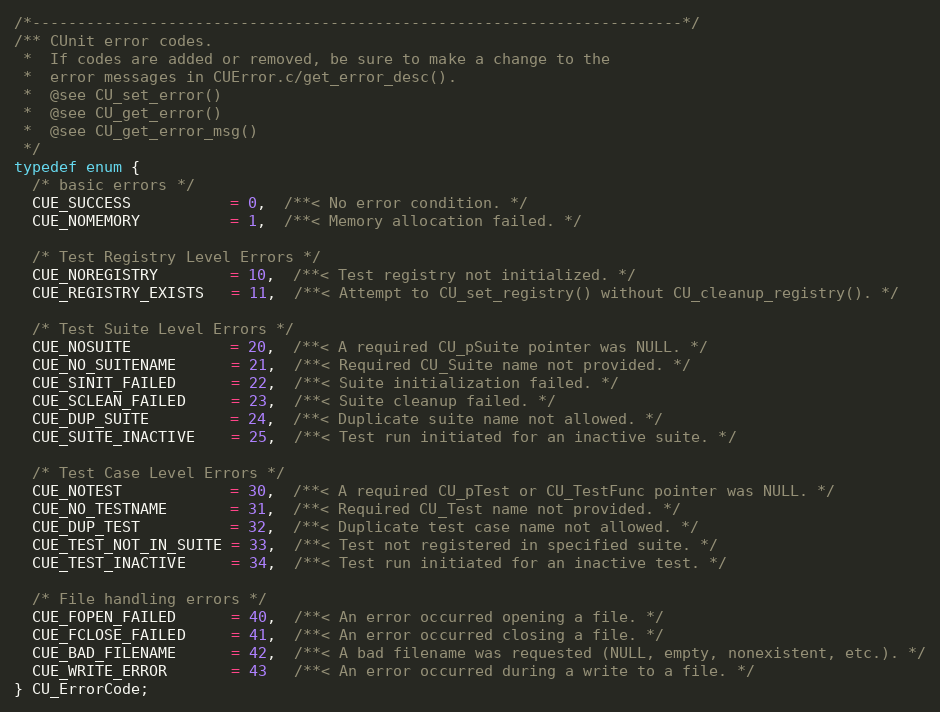
Language: C
/*------------------------------------------------------------------------*/
/** CUnit error codes.
 *  If codes are added or removed, be sure to make a change to the
 *  error messages in CUError.c/get_error_desc().
 *  @see CU_set_error()
 *  @see CU_get_error()
 *  @see CU_get_error_msg()
 */
typedef enum {
  /* basic errors */
  CUE_SUCCESS           = 0,  /**< No error condition. */
  CUE_NOMEMORY          = 1,  /**< Memory allocation failed. */

  /* Test Registry Level Errors */
  CUE_NOREGISTRY        = 10,  /**< Test registry not initialized. */
  CUE_REGISTRY_EXISTS   = 11,  /**< Attempt to CU_set_registry() without CU_cleanup_registry(). */

  /* Test Suite Level Errors */
  CUE_NOSUITE           = 20,  /**< A required CU_pSuite pointer was NULL. */
  CUE_NO_SUITENAME      = 21,  /**< Required CU_Suite name not provided. */
  CUE_SINIT_FAILED      = 22,  /**< Suite initialization failed. */
  CUE_SCLEAN_FAILED     = 23,  /**< Suite cleanup failed. */
  CUE_DUP_SUITE         = 24,  /**< Duplicate suite name not allowed. */
  CUE_SUITE_INACTIVE    = 25,  /**< Test run initiated for an inactive suite. */

  /* Test Case Level Errors */
  CUE_NOTEST            = 30,  /**< A required CU_pTest or CU_TestFunc pointer was NULL. */
  CUE_NO_TESTNAME       = 31,  /**< Required CU_Test name not provided. */
  CUE_DUP_TEST          = 32,  /**< Duplicate test case name not allowed. */
  CUE_TEST_NOT_IN_SUITE = 33,  /**< Test not registered in specified suite. */
  CUE_TEST_INACTIVE     = 34,  /**< Test run initiated for an inactive test. */

  /* File handling errors */
  CUE_FOPEN_FAILED      = 40,  /**< An error occurred opening a file. */
  CUE_FCLOSE_FAILED     = 41,  /**< An error occurred closing a file. */
  CUE_BAD_FILENAME      = 42,  /**< A bad filename was requested (NULL, empty, nonexistent, etc.). */
  CUE_WRITE_ERROR       = 43   /**< An error occurred during a write to a file. */
} CU_ErrorCode;